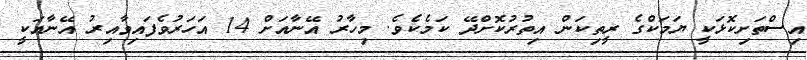
އިސްތަށިކޮޅަކީ ޔަމަކްގެ ރީތިކަން އިތުރުކޮށްދޭ ކަމެކެވެ. މިހާރު އޭނާއަށް 14 އަހަރުވެފައިވާއިރު އޭނާއަކީ